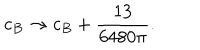
c _ { B } \rightarrow c _ { B } + \frac { 1 3 } { 6 4 8 0 \pi } .